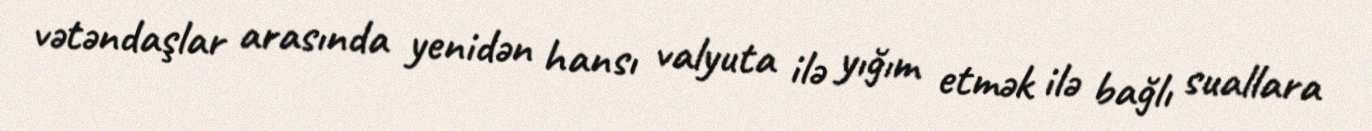
vətəndaşlar arasında yenidən hansı valyuta ilə yığım etmək ilə bağlı suallara